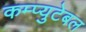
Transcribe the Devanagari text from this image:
कम्प्युटेबल